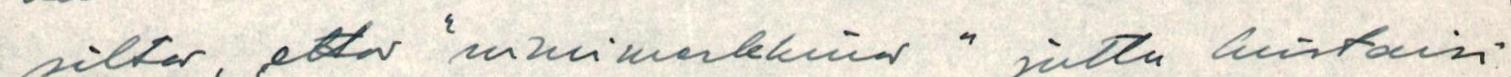
siltä, että "nimimerkkinä" juttu luistaisi